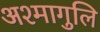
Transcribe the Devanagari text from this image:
अश्मागुलि